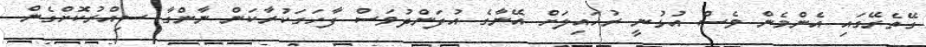
ގޭތެރޭގައި އެންމެން ވެސް އުޅުނީ ރުހައިލަށް އޭނާގެ އުފަންދުވަސް ފާހަގަކުރާކަން ނާންގާ ސިއްރުކޮށްގެން